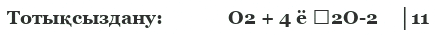
Тотықсыздану:             О2 + 4 ё →2О-2    │11